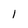
Character: 1